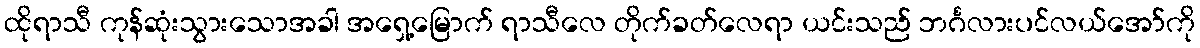
ထိုရာသီ ကုန်ဆုံးသွားသောအခါ အရှေ့မြောက် ရာသီလေ တိုက်ခတ်လေရာ ယင်းသည် ဘင်္ဂလားပင်လယ်အော်ကို